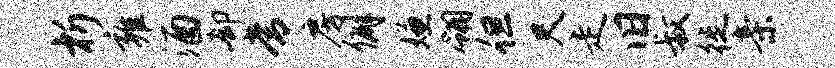
析雍酒却常房僻嫌翎但尺走旧叔徙亲